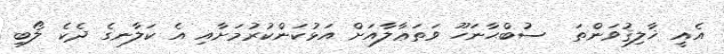
އެއީ ޚާލިޤުވަންތަ  ސުބްޙާނަހޫ ވަތަޢާލާއަށް އަޅުކަންކުރުމަށާއި އެ ކަލާނގެ ދެކެ ލޯބި